Civil Veterinary Dept. Bombay admin report 1907-1913 - 1907-1913
Year: 1907
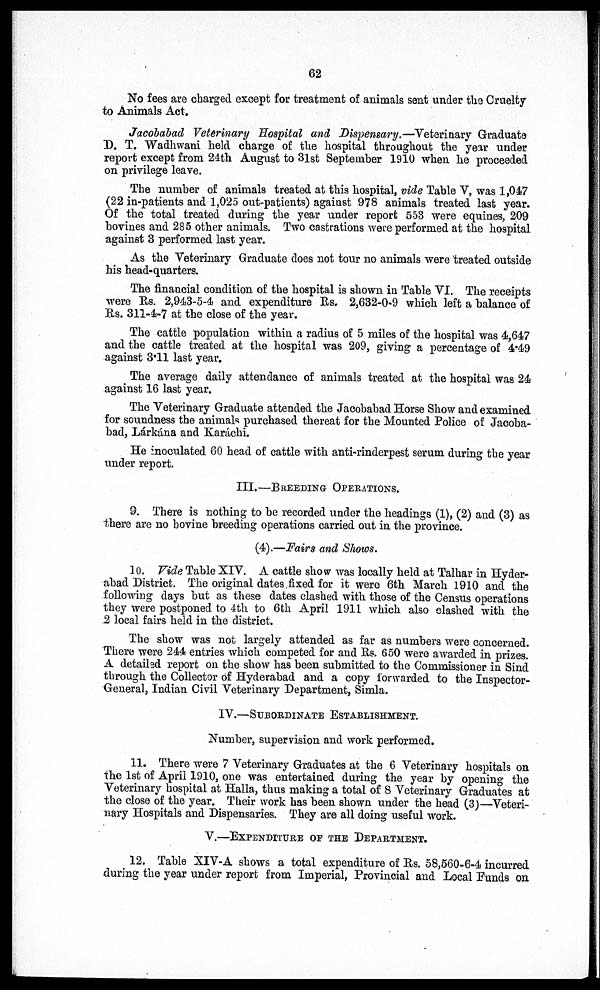
62
No fees are charged except for treatment of animals sent under the Cruelty
to Animals Act.
Jacobabad Veterinary Hospital and Dispensary.—Veterinary Graduate
D. T. Wadhwani held charge of the hospital throughout the year under
report except from 24th August to 3lst September 1910 when he proceeded
on privilege leave.
The number of animals treated at this hospital, vide Table V, was 1,047
(22 in-patients and 1,025 out-patients) against 978 animals treated last year.
Of the total treated during the year under report 553 were equines, 209
bovines and 285 other animals. Two castrations were performed at the hospital
against 3 performed last year.
As the Veterinary Graduate does not tour no animals were treated outside
his head-quarters.
The financial condition of the hospital is shown in Table VI. The receipts
were Rs. 2,943-5-4 and expenditure Rs. 2,632-0-9 which left a balance of
Rs. 311-4-7 at the close of the year.
The cattle population within a radius of 5 miles of the hospital was 4,647
and the cattle treated at the hospital was 209, giving a percentage of 4.49
against 3.11 last year.
The average daily attendance of animals treated at the hospital was 24
against 16 last year.
The Veterinary Graduate attended the Jacobabad Horse Show and examined
for soundness the animals purchased thereat for the Mounted Police of Jacoba-
bad, Lárkána and Karáchi.
He inoculated 60 head of cattle with anti-rinderpest serum during the year
under report.
III.—BREEDING OPERATIONS.
9. There is nothing to be recorded under the headings (1), (2) and (3) as
there are no bovine breeding operations carried out in the province.
(4).—Fairs and Shows.
10. Vide Table XIV. A cattle show was locally held at Talhar in Hyder-
abad District. The original dates fixed for it were 6th March 1910 and the
following days but as these dates clashed with those of the Census operations
they were postponed to 4th to 6th April 1911 which also clashed with the
2 local fairs held in the district.
The show was not largely attended as far as numbers were concerned.
There were 244 entries which competed for and Rs. 650 were awarded in prizes.
A detailed report on the show has been submitted to the Commissioner in Sind
through the Collector of Hyderabad and a copy forwarded to the Inspector-
General, Indian Civil Veterinary Department, Simla.
IV.—SUBORDINATE ESTABLISHMENT.
Number, supervision and work performed.
11. There were 7 Veterinary Graduates at the 6 Veterinary hospitals on
the 1st of April 1910, one was entertained during the year by opening the
Veterinary hospital at Halla, thus making a total of 8 Veterinary Graduates at
the close of the year. Their work has been shown under the head (3)—Veteri-
nary Hospitals and Dispensaries. They are all doing useful work.
V.—EXPENDITURE OF THE DEPARTMENT.
12. Table XIV-A shows a total expenditure of Rs. 58,660-6-4 incurred
during the year under report from Imperial, Provincial and Local Funds on